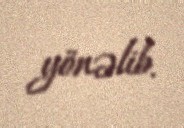
yönəlib.